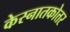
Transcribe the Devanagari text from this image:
केस्नातकोत्तर